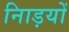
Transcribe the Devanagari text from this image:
नािड़यों